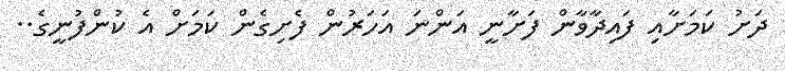
ދަށު ކަމަށާއި ފައިދާވާން ފަށާނީ އަންނަ އަހަރުން ފެށިގެން ކަމަށް އެ ކުންފުނީގެ..